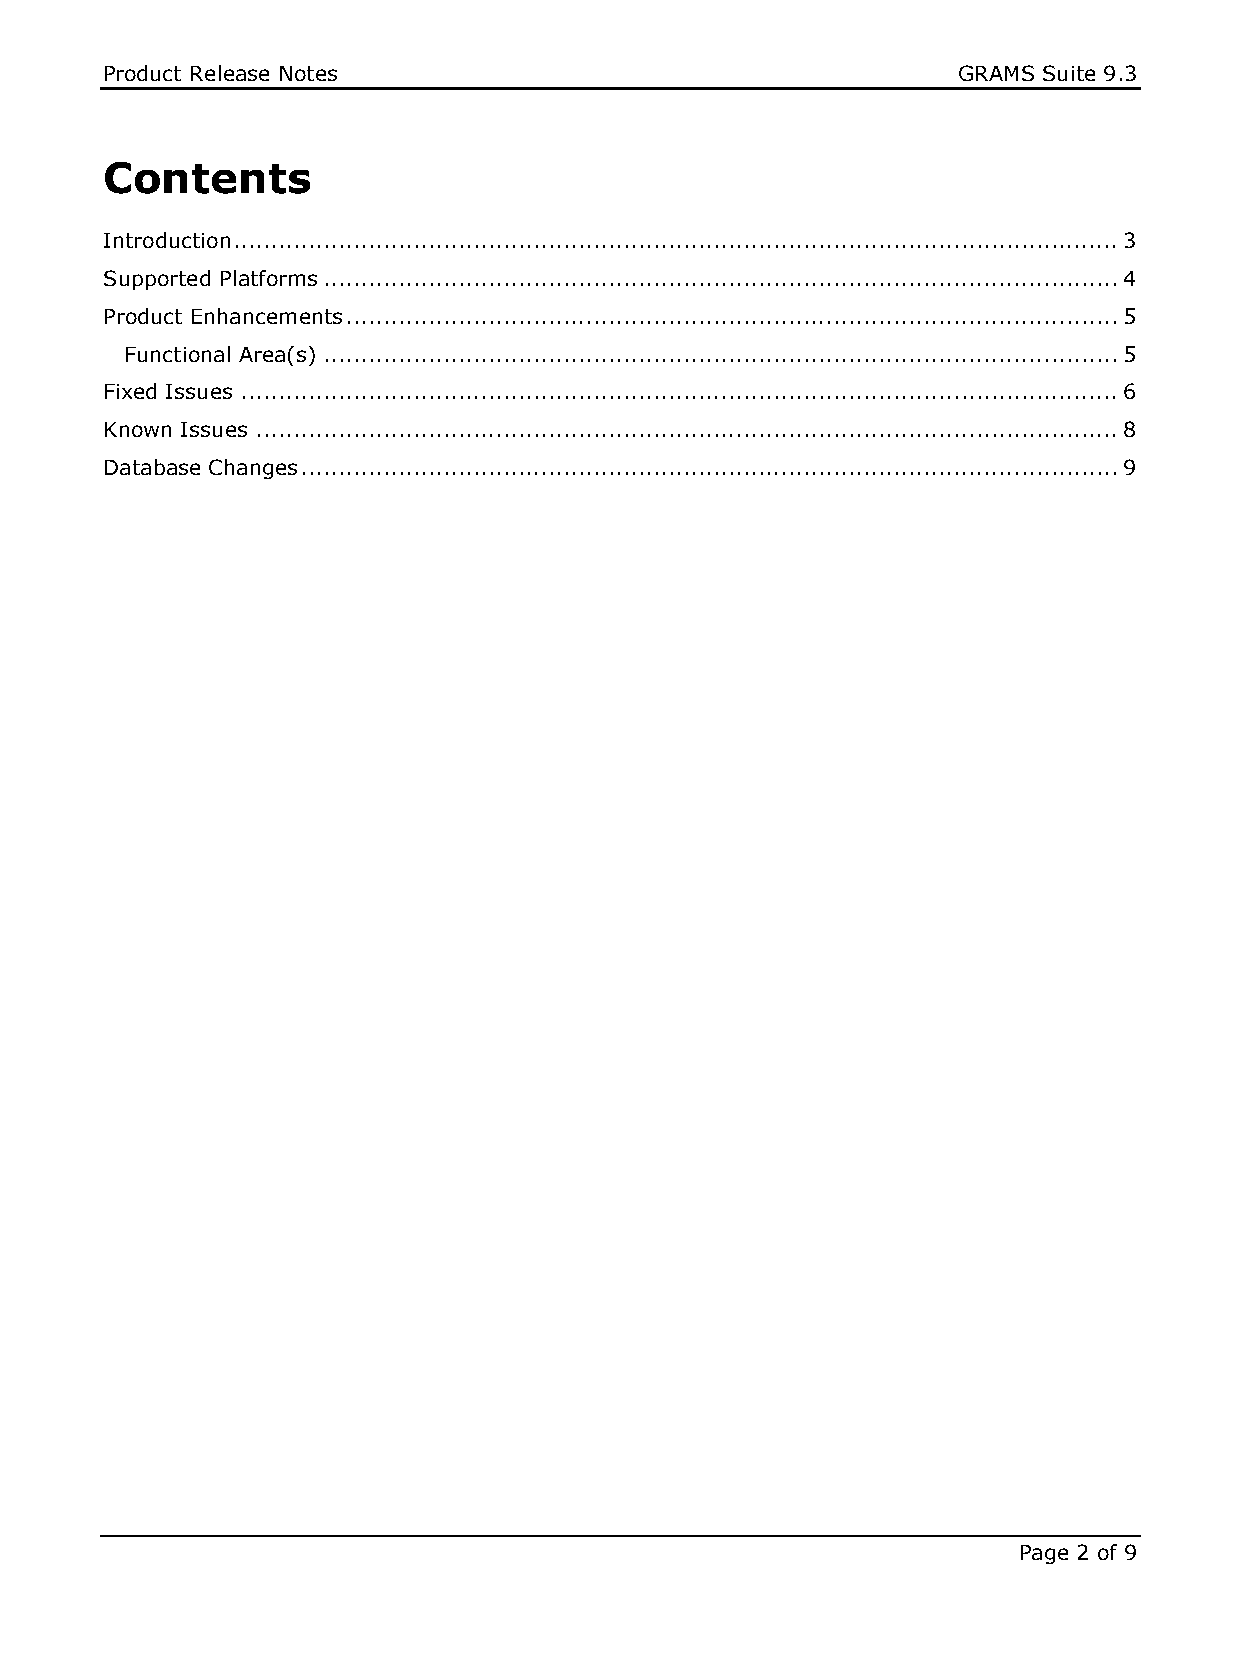
Product Release Notes                                   GRAMS Suite 9.3
 Contents
 Introduction ...................................................................................................................... 3
 Supported Platforms .......................................................................................................... 4
 Product Enhancements ....................................................................................................... 5
 Functional Area(s) .......................................................................................................... 5
 Fixed Issues ..................................................................................................................... 6
 Known Issues ................................................................................................................... 8
 Database Changes ............................................................................................................. 9
 Page 2 of 9